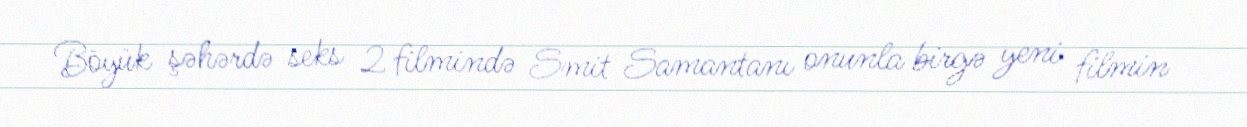
Böyük şəhərdə seks 2 filmində Smit Samantanı onunla birgə yeni filmin